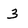
Character: 3